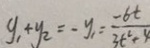
y _ { 1 } + y _ { 2 } = - y _ { 1 } = \frac { - 6 t } { 3 t ^ { 2 } + 4 }